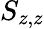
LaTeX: S_{z,z}